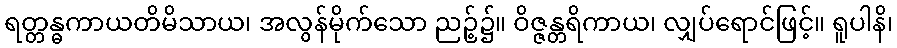
ရတ္တန္ဓကာယတိမိသာယ၊ အလွန်မိုက်သော ညဉ့်၌။ ဝိဇ္ဇန္တရိကာယ၊ လျှပ်ရောင်ဖြင့်။ ရူပါနိ၊